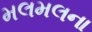
મલમલના